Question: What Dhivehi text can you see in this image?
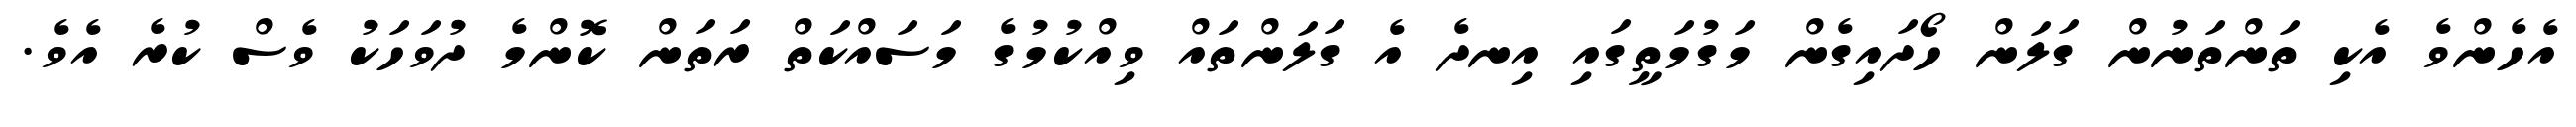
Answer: އެހެންވެ އެކި ތަންތަނުން ގަލަން ހޯދައިގެން މަގުމަތީގައި އިނދެ އެ ގަލަންތައް ވިއްކުމުގެ މަސައްކަތް ރަތަން ކޮންމެ ދުވަހަކު ވެސް ކުރެ އެވެ.